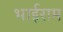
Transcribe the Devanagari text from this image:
भाईराम